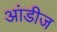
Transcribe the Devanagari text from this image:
आंडीज